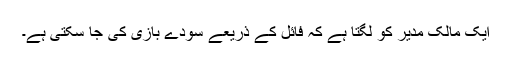
ایک مالک مدیر کو لگتا ہے کہ فائل کے ذریعے سودے بازی کی جا سکتی ہے۔